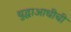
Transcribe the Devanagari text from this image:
युद्धाआधीची